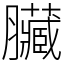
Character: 臟